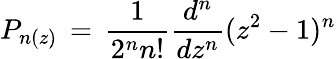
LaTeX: P_{n(z)}\, =\, \frac{1}{2^{n}n!}\frac{d^{n}}{dz^{n}}(z^{2}-1)^{n}